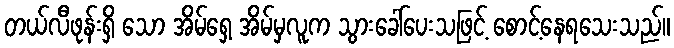
တယ်လီဖုန်းရှိ သော အိမ်ရှေ့ အိမ်မှလူက သွားခေါ်ပေးသဖြင့် စောင့်နေရသေးသည်။